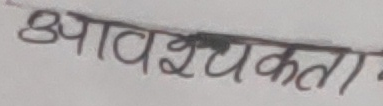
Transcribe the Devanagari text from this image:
आवश्यकता